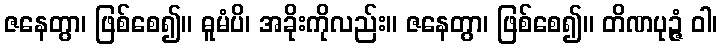
ဇနေတွာ၊ ဖြစ်စေ၍။ ဓူမံပိ၊ အခိုးကိုလည်း။ ဇနေတွာ၊ ဖြစ်စေ၍။ တိဏပုဉ္ဇံ ဝါ၊